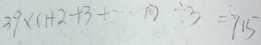
3 9 \times ( 1 + 2 + 3 + \cdots + 1 0 ) \div 3 = 7 1 5